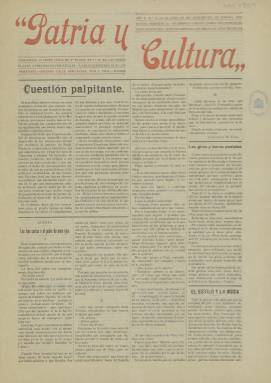
Título: Patria y cultura (Madrid)
Colección: Periódicos
Ámbito geográfico: Madrid
Lugar de publicación: Madrid
Fechas: 24/06/1911-24/06/1911